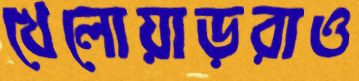
খেলোয়াড়রাও